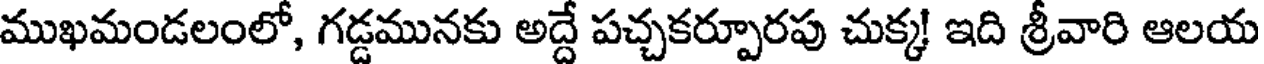
ముఖమండలంలో, గడ్డమునకు అద్దే పచ్చకర్పూరపు చుక్క! ఇది శ్రీవారి ఆలయ